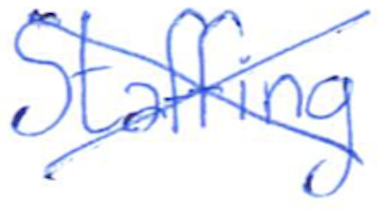
Text: Staffing
Cross-out: cross
Writing tool: ballpoint